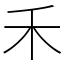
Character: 禾